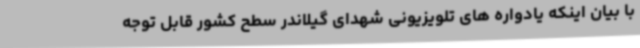
با بیان اینکه یادواره های تلویزیونی شهدای گیلاندر سطح کشور قابل توجه